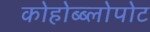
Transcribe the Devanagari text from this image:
कोहोब्ब्लोपोट